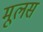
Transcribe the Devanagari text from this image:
मूलस